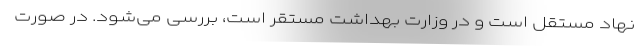
نهاد مستقل است و در وزارت بهداشت مستقر است، بررسی می‌شود. در صورت